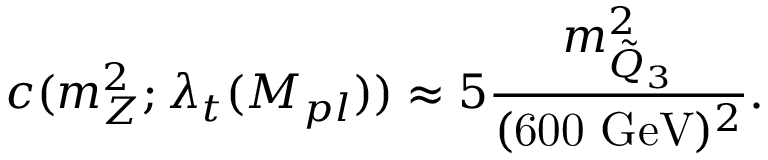
c ( m _ { Z } ^ { 2 } ; \lambda _ { t } ( M _ { p l } ) ) \approx 5 \frac { m _ { \tilde { Q } _ { 3 } } ^ { 2 } } { ( \mathrm { 6 0 0 ~ G e V } ) ^ { 2 } } .